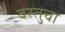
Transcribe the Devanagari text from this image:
वस्तुचा